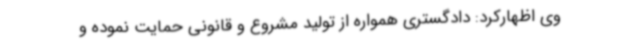
وی اظهارکرد: دادگستری همواره از تولید مشروع و قانونی حمایت نموده و